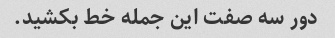
دور سه صفت این جمله خط بکشید.